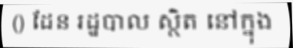
() ដែន រដ្ឋបាល ស្ថិត នៅក្នុង